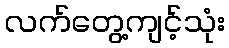
လက်တွေ့ကျင့်သုံး